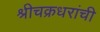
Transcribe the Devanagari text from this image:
श्रीचक्रधरांची